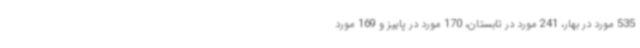
535 مورد در بهار، 241 مورد در تابستان، 170 مورد در پاییز و 169 مورد